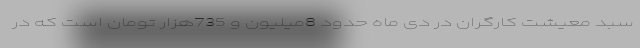
سبد معیشت کارگران در دی ماه حدود 8میلیون و 735هزار تومان است که در